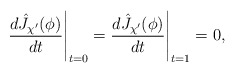
\begin{align*}\frac{d \hat J_{\chi'}(\phi)}{d t} \Bigg|_{t = 0}=\frac{d \hat J_{\chi'}(\phi)}{d t} \Bigg|_{t = 1} = 0,\end{align*}